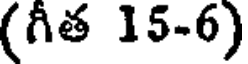
(గీత 15-6)